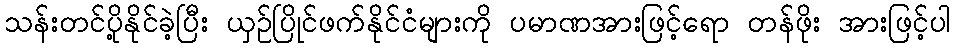
သန်းတင်ပို့နိုင်ခဲ့ပြီး ယှဉ်ပြိုင်ဖက်နိုင်ငံများကို ပမာဏအားဖြင့်ရော တန်ဖိုး အားဖြင့်ပါ